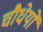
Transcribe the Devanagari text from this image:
चौधेयों